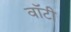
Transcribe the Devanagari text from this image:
वाॅटी